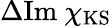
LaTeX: \Delta\mathrm{Im}~{\chi}_{\mathrm{KS}}